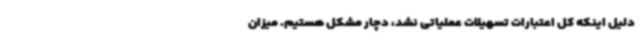
دلیل اینکه کل اعتبارات تسهیلات عملیاتی نشد، دچار مشکل هستیم. میزان